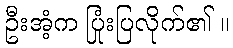
ဦးအံ့က ပြုံးပြလိုက်၏ ။